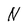
Character: N